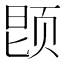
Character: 𬱝